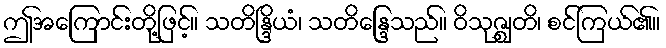
ဤအကြောင်းတို့ဖြင့်။ သတိန္ဒြိယံ၊ သတိန္ဒြေသည်။ ဝိသုဇ္ဈတိ၊ စင်ကြယ်၏။